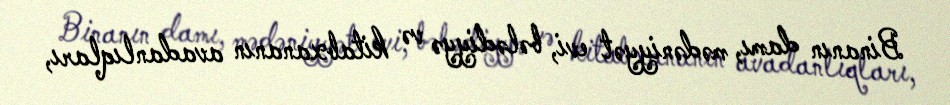
Binanın damı, mədəniyyət evi, bələdiyyə və kitabxananın avadanlıqları,